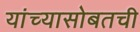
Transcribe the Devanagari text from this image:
यांच्यासोबतची